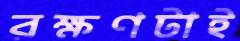
রক্ষণটাই